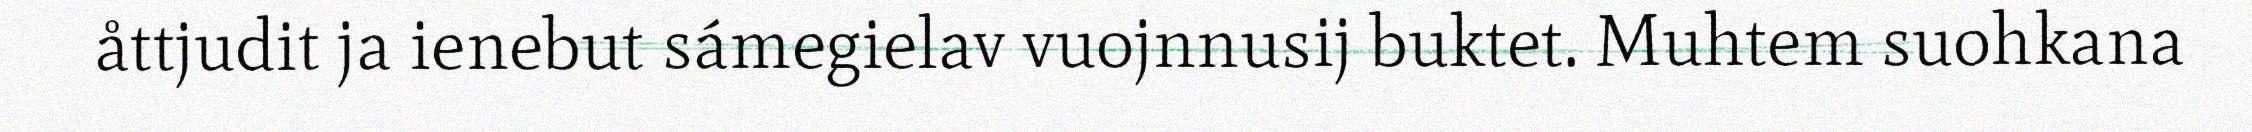
åttjudit ja ienebut sámegielav vuojnnusij buktet. Muhtem suohkana